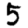
Digit: 5